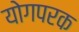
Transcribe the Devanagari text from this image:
योगपरक